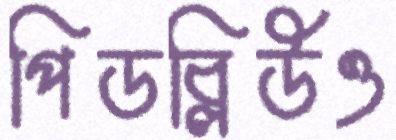
পিডব্লিউও